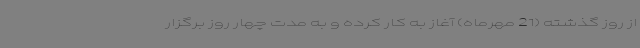
از روز گذشته (21 مهرماه) آغاز به کار کرده و به مدت چهار روز برگزار